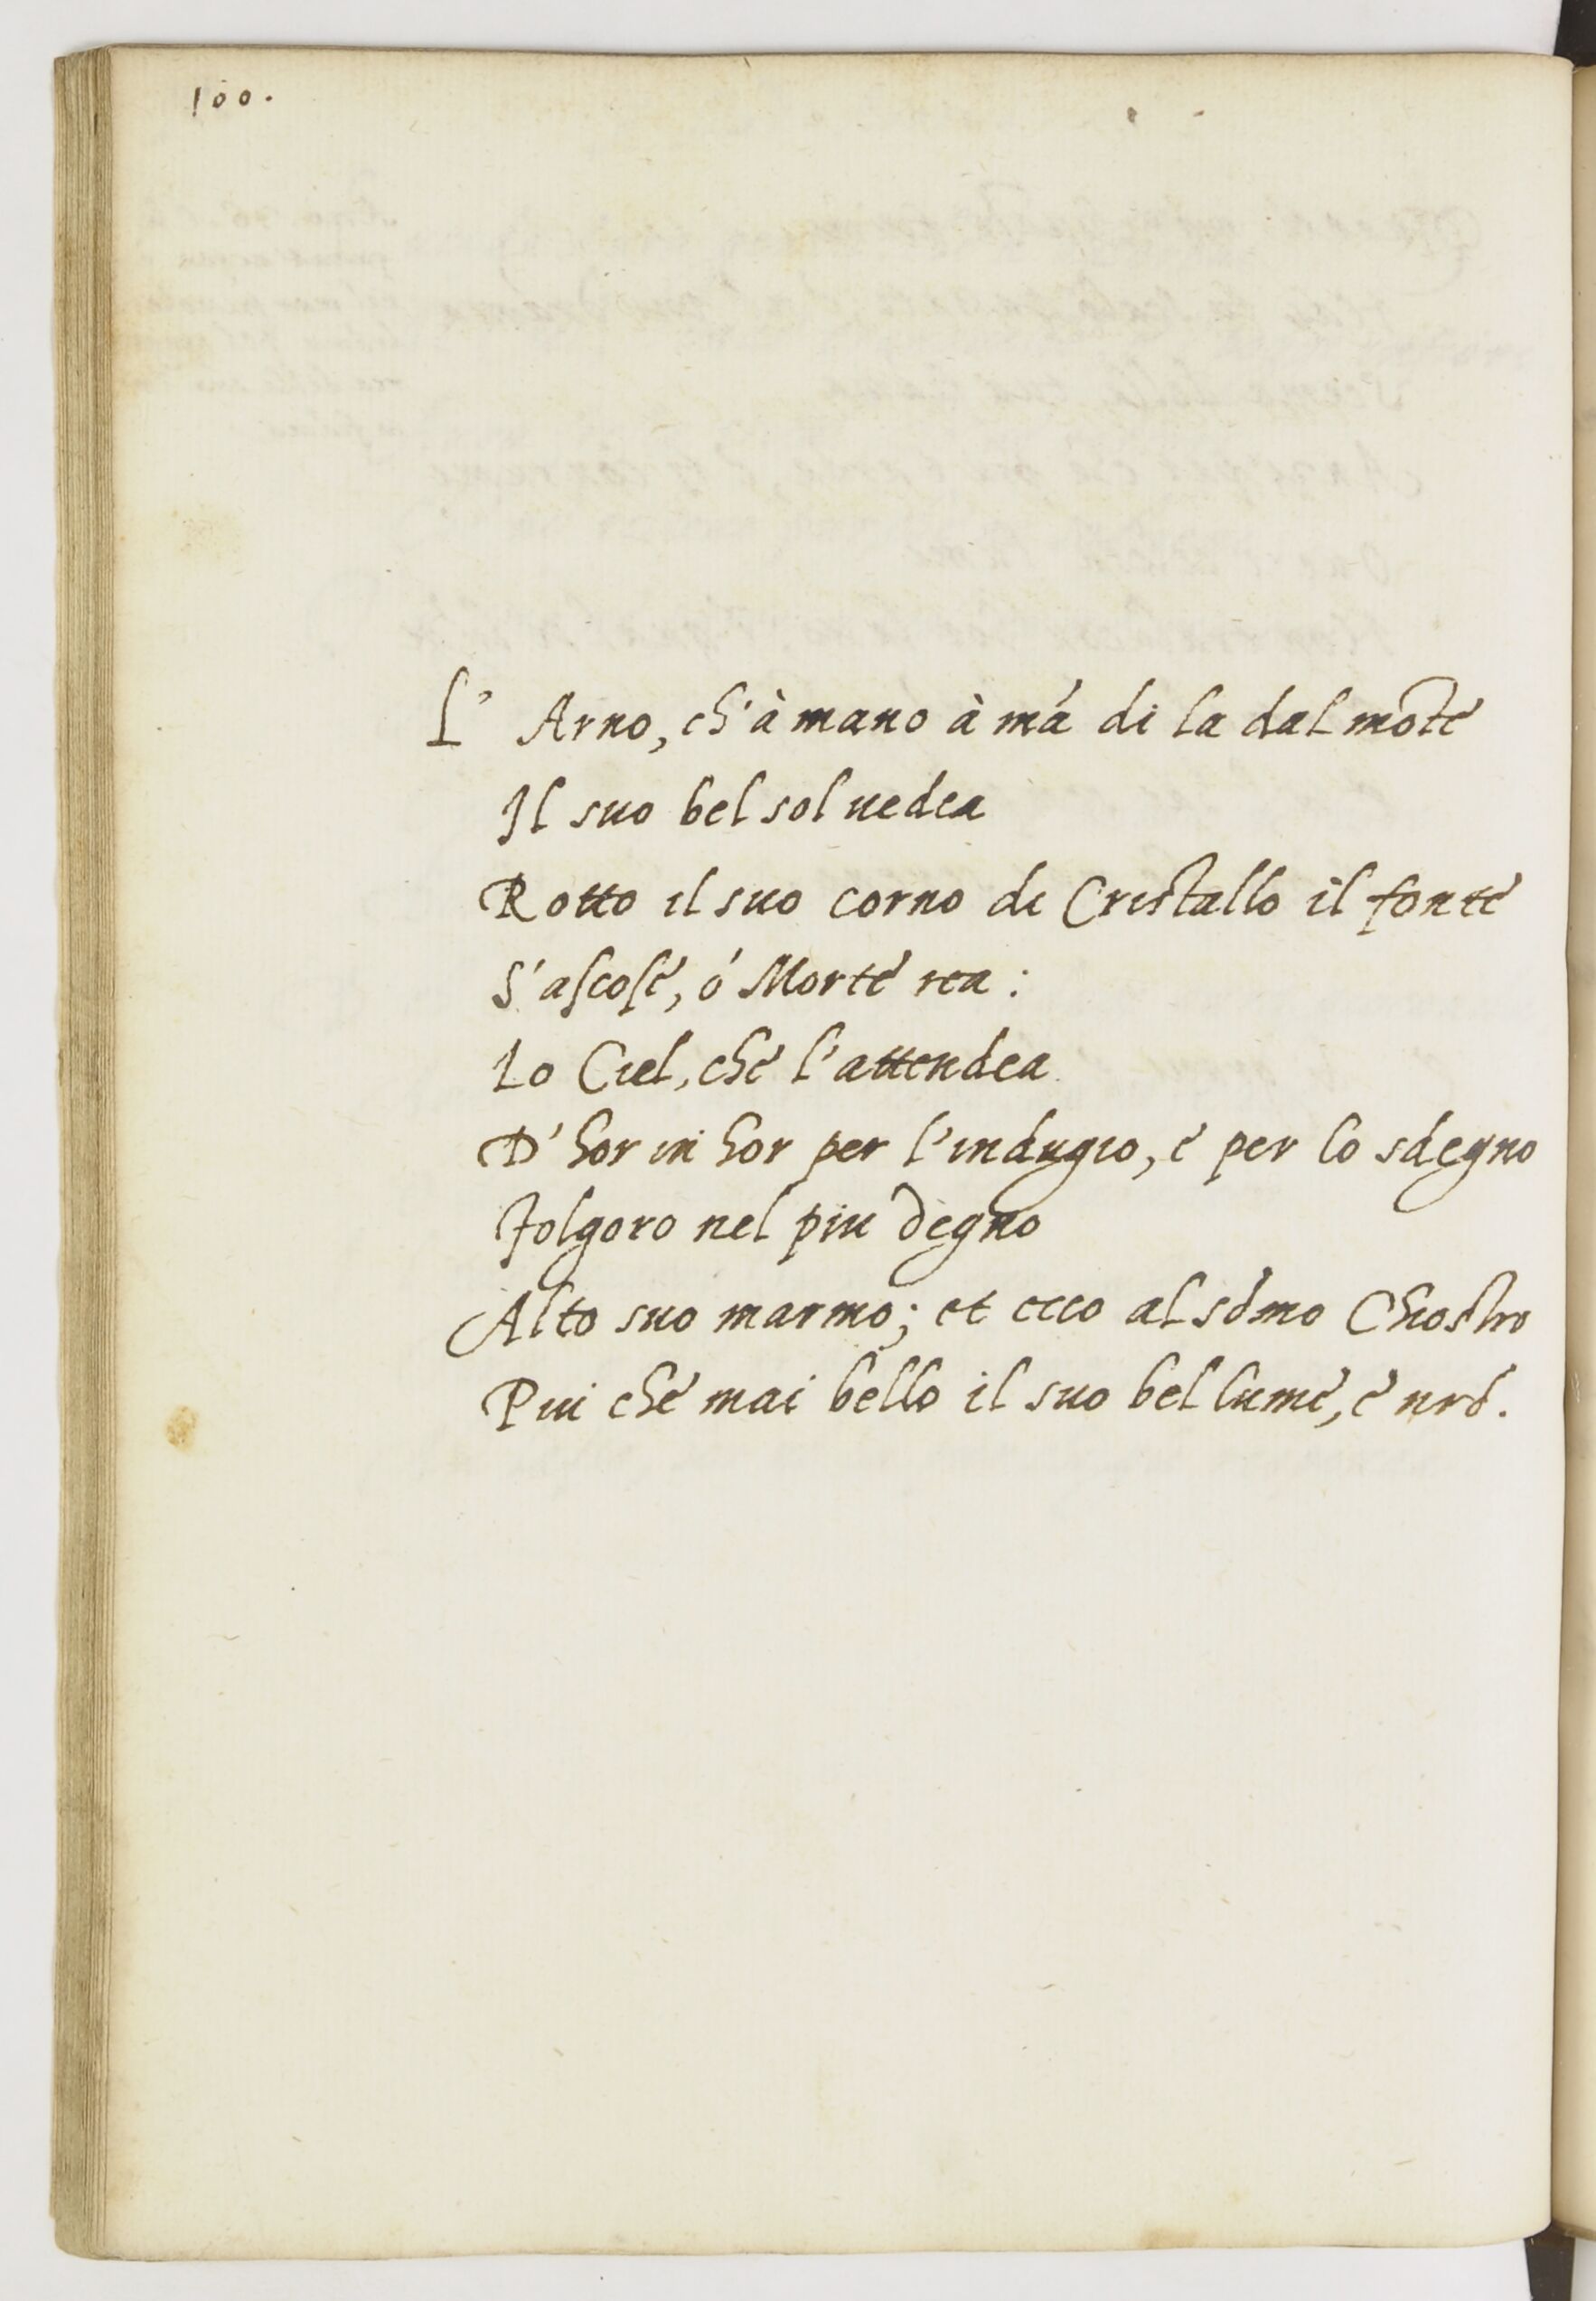
Shelfmark: Paris, BnF, ita. 1534
Century: 16